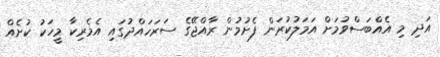
އަދި މި އެއްބަސްވުމަށް އަމަލުކުރަން ފެށުމުން ރާއްޖޭގެ ސަރަހައްދުގައި އެމެރިކާ މީހަކު ކުށެއް